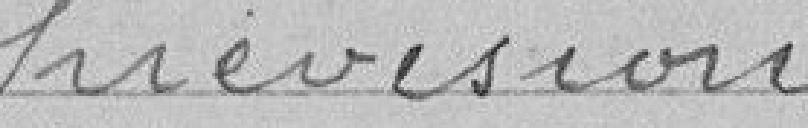
prévisions